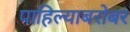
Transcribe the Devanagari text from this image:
पाहिल्याबरोबर